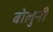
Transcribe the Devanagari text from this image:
बोलुनी